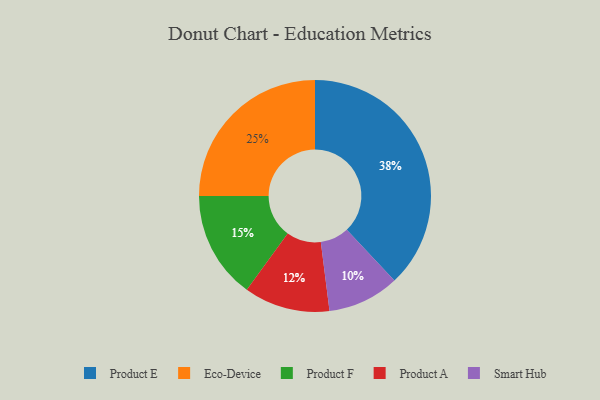
{"axis": {"x": "Category", "y": "Percentage"}, "legend": ["Eco-Device", "Product A", "Product E", "Product F", "Smart Hub"], "data": [{"x": "Product E", "y": 38, "type": "Product E"}, {"x": "Eco-Device", "y": 25, "type": "Eco-Device"}, {"x": "Smart Hub", "y": 10, "type": "Smart Hub"}, {"x": "Product A", "y": 12, "type": "Product A"}, {"x": "Product F", "y": 15, "type": "Product F"}]}